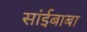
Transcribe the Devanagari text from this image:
सांईबाबा